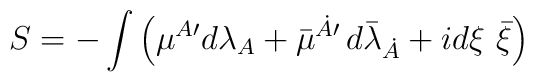
S=  - \int  \left( {\mu}{}^{A\prime}d\lambda_{A}  + \bar{\mu}{}^{\dot{A}\prime} \, d{\bar{\lambda}}_{\dot{A}}  + i d{\xi} ~\bar{\xi} \right)